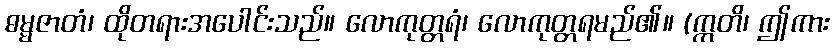
ဓမ္မဇာတံ၊ ထိုတရားအပေါင်းသည်။ လောကုတ္တရံ၊ လောကုတ္တရမည်၏။ (ဣတိ၊ ဤကား